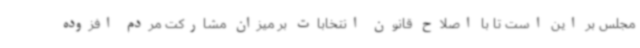
مجلس بر این است تا با اصلاح قانون انتخابات بر میزان مشارکت مردم افزوده